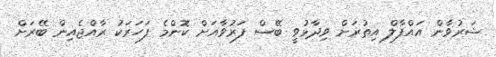
ޝަރުވާން އައްފާލް އިތުރަށް ވިދާޅުވީ ބޭސް ފަރުވާއަށް ކޮންމެ ފަހަރަކު ރާއްޖެއިން ބޭރަށް